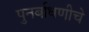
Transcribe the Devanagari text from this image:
पुनर्बाधणीचे